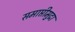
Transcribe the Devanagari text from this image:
समाप्तीमुद्रा